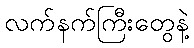
လက်နက်ကြီးတွေနဲ့